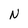
Character: N